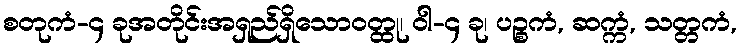
စတုကံ-၄ ခုအတိုင်းအရှည်ရှိသောဝတ္ထု၊ ဝါ-၄ ခု၊ ပဉ္စကံ, ဆက္ကံ, သတ္တကံ,